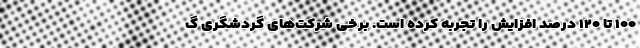
۱۰۰ تا ۱۲۰ درصد افزایش را تجربه کرده است. برخی شرکت‌های گردشگری گ